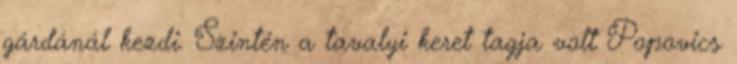
gárdánál kezdi. Szintén a tavalyi keret tagja volt Popovics